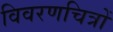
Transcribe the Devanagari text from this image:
विवरणचित्रों